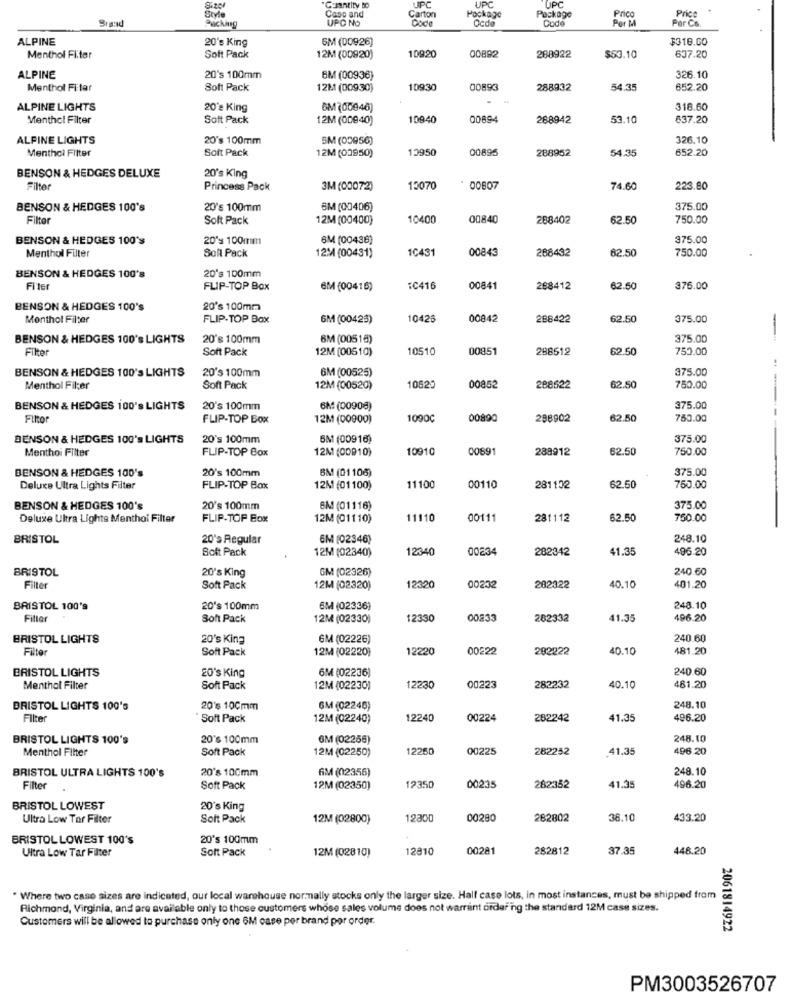
UPC
UPC
UPC
Guantity Bo
Package
Style
Caso and
UPC NO
Carton
Ocde
Package
Code
Prico
Per M
Por Cs
Price
Packing
ALPINE
20's King
6M (00926]
$318.00
Menthol Fi.ter
Soft Pack
12M (00920)
10920
00892
288922
$53.10
637.20
ALPINE
20's 100mm
6M (00936)
326.10
Menthol Fi tar
Soft Pack
12M (00930)
109:30
00893
288932
54.35
652.20
ALPINE LIGHTS
20'e King
6M700946)
316.60
Menthol Filter
Soft Pack
12M (00940)
10940
00894
288942
53.10
637.20
ALPINE LIGHTS
20's 100mm
SM (05956)
326.10
Menthol Filter
Soft Pack
12950
00895
288952
54.35
652.20
12M (02950)
BENSON & HEDGES DELUXE
20's King
Filter
Princess Pack
3M (00072)
13070
00807
74.60
223.80
BENSON & HEDGES 100's
20's 100mm
BM (00406)
375.00
Filter
Soft Pack
12M (00400)
10400
00840
288402
52.50
750.00
BENSON & HEDGES 100's
20's 100mm
6M (00436)
375.00
1C431
00843
288432
62.50
750.00
Menthol Filter
Soll Pack
12M (00431)
20's 100mm
BENSON & HEDGES 100's
Filer
FLIP-TOP Box
6M (00416)
TC416
00841
288412
62.50
376.00
BENSON & HEDGES 100's
20's 100mm
Monthol Filter
FLIP-TOP Box
6M (00423)
10425
00842
288422
62.50
375.00
-
BENSON & HEDGES 100's LIGHTS
20's 100mm
8M (00515)
375.00
Filte
Soft Pack
12M (00510)
10510
00851
288512
62.50
750.00
BENSON & HEDGES 100's LIGHTS
20's 100mm
6M (00525)
375.00
Menthol Filer
Soft Pack
12M (00520)
10529
00852
288522
62.50
750.00
BENSON & HEDGES 100's LIGHTS
20's 100mm
6%(00908)
375.00
Filto
FLIP-TOP Box
12M (00900)
1090℃
00890
298902
$2.50
750.00
BENSON & HEDGES 100's LIGHTS
20's 100mm
6M (00916)
375.00
Menthoi Filter
FLIP-TOP Box
12M (00910)
10910
00691
288912
62.50
750.00
BENSON & HEDGES 100's
20's 100mm
BM (01106)
375.00
Deluxe Ultra Lights Filter
FLIP-TOP Box
12M (01100)
11100
00110
281102
62.50
750.00
BENSON & HEDGES 100's
20's 100mm
BM (01116)
375.00
Deluxe Ultra Lights Menthol Filter
FLIP-TOP Box
12M (01110)
11110
00111
281112
62.50
750.00
BRISTOL
20's Regular
6M (02346)
248.10
Soft Pack
12340
00234
282342
41.35
496.20
12M (02340)
BRISTOL
20's King
GM (02326)
240.60
Filter
Soft Pack
12M (02320)
12320
00232
202322
10.10
401.20
BRISTOL 100's
20's 100mm
6M (02336)
248.10
Fille
Soht Pack
12M (02330)
12330
00233
282332
41.35
496.20
BRISTOL LIGHTS
20's King
GM (02226)
240.60
Filter
Soft Pack
12M (02220)
12220
00222
202222
40.10
481.20
20's King
6M (02236)
240.60
BRISTOL LIGHTS
Menthol Filter
Soft Pack
12M (02230)
12230
00223
282232
40.10
481.20
BRISTOL LIGHTS 100's
20'% 100mm
GM (02246)
248.10
Filter
Soft Pack
12M (02240)
12240
00224
282242
41.35
496.20
BRISTOL LIGHTS 100's
20's 100mm
GM (02256)
248.10
Menthol Filter
Soft Pack
12M (02250)
12250
00225
282252
41.35
496.20
BRISTOL ULTRA LIGHTS 100's
20's 100mm
6M (02356)
248.10
Filter
Soft Pack
12M (02350)
12350
00235
282352
41.35
496.20
BRISTOL LOWEST
20's King
Ultra Low Tor Filter
Soft Pack
12M (02800)
12300
00280
282802
38.10
433.20
BRISTOL LOWEST 100's
20's 100mm
Ultra Low Tar Filter
Soft Pack
12M (02810)
12810
00281
282812
37.35
448.20
. Where two case sizes are indicated, our local warehouse normally stocks only the larger size. Half case lots, in most instances, must be shipped from
Richmond, Virginia, and are available only to those customers whose sales volume does not warrant order ing the standard 12M case sizes.
Customers will be allowed to purchase only one 6M case per brand por order.
2061814922
PM3003526707